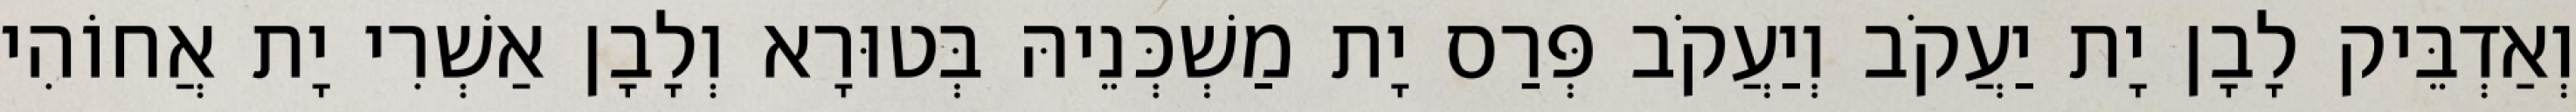
וְאַדְבֵּיק לָבָן יָת יַעֲקֹב וְיַעֲקֹב פְּרַס יָת מַשְׁכְּנֵיהּ בְּטוּרָא וְלָבָן אַשְׁרִי יָת אֲחוֹהִי